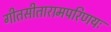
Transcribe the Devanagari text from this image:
गीतसीतारामपरिणयः